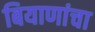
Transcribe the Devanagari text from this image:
बियाणांचा